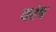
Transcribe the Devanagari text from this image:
वरंब